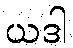
ယဒါ